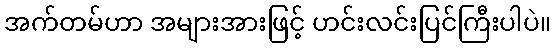
အက်တမ်ဟာ အများအားဖြင့် ဟင်းလင်းပြင်ကြီးပါပဲ။